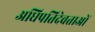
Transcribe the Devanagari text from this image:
अधिपतिदेवताओं